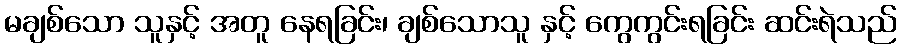
မချစ်သော သူနှင့် အတူ နေရခြင်း၊ ချစ်သောသူ နှင့် ကွေကွင်းရခြင်း ဆင်းရဲသည်